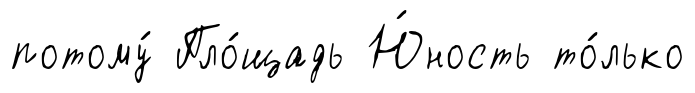
потому́ Пло́щадь Ю́ность то́лько